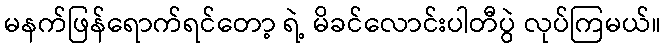
မနက်ဖြန်ရောက်ရင်တော့ ရဲ့ မိခင်လောင်းပါတီပွဲ လုပ်ကြမယ်။